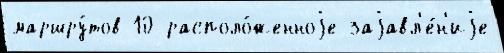
маршру́тов 10 располо́женноjе заjавл'е́н'иjе